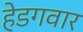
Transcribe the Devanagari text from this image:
हेडगवार